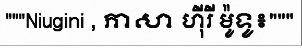
"""Niugini , ភាសា ហ៊ីរី ម៉ូទូ៖"""